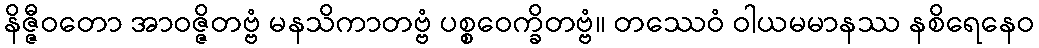
နိဇ္ဇီဝတော အာဝဇ္ဇိတဗ္ဗံ မနသိကာတဗ္ဗံ ပစ္စဝေက္ခိတဗ္ဗံ။ တဿေဝံ ဝါယမမာနဿ နစိရေနေဝ